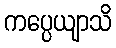
ကပ္ပေယျာသိ